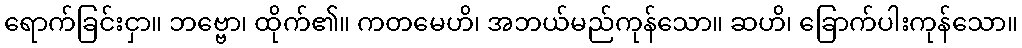
ရောက်ခြင်းငှာ။ ဘဗ္ဗော၊ ထိုက်၏။ ကတမေဟိ၊ အဘယ်မည်ကုန်သော။ ဆဟိ၊ ခြောက်ပါးကုန်သော။